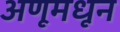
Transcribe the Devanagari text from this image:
अणूमधून